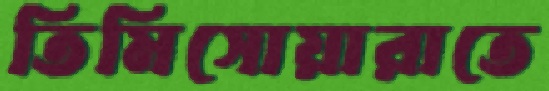
তিমিসোয়ারাতে